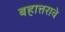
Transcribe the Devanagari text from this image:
बहात्तरावे